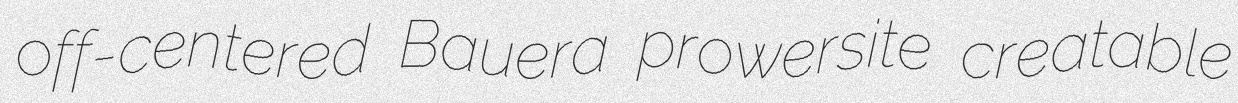
off-centered Bauera prowersite creatable